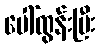
ပေါ်ထွန်းပြီး